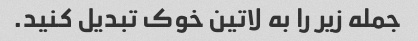
جمله زیر را به لاتین خوک تبدیل کنید.